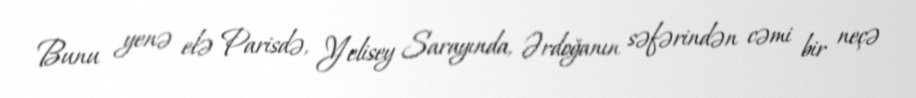
Bunu yenə elə Parisdə, Yelisey Sarayında, Ərdoğanın səfərindən cəmi bir neçə